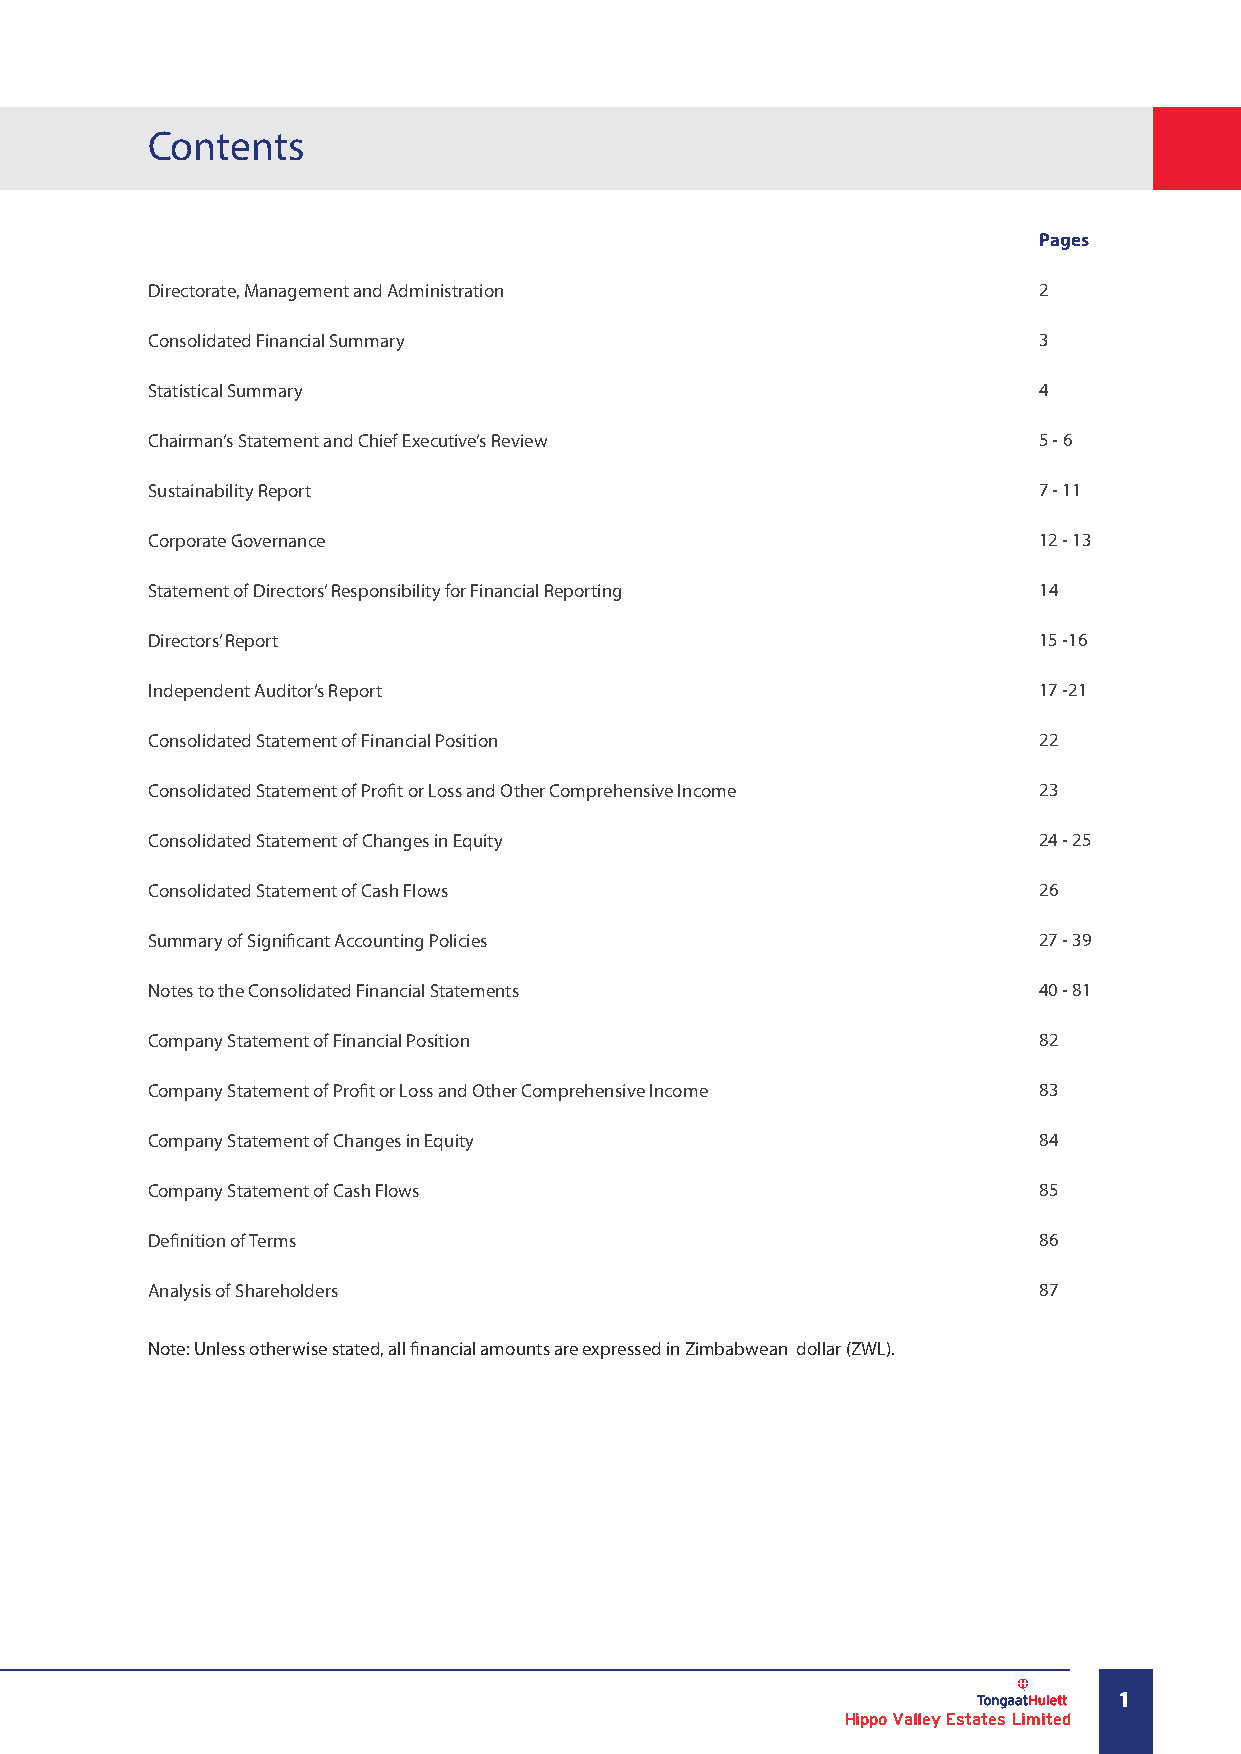
Contents
 Pages
 Directorate, Management and Administration                 2
 Consolidated Financial Summary                             3
 Statistical Summary                                        4
 Chairman’s Statement and Chief Executive’s Review          5 - 6
 Sustainability Report                                      7 - 11
 Corporate Governance                                       12 - 13
 Statement of Directors’ Responsibility for Financial Reporting 14
 Directors’ Report                                          15 -16
 Independent Auditor’s Report                               17 -21
 Consolidated Statement of Financial Position               22
 Consolidated Statement of Profit or Loss and Other Comprehensive Income 23
 Consolidated Statement of Changes in Equity                24 - 25
 Consolidated Statement of Cash Flows                       26
 Summary of Significant Accounting Policies                 27 - 39
 Notes to the Consolidated Financial Statements             40 - 81
 Company Statement of Financial Position                    82
 Company Statement of Profit or Loss and Other Comprehensive Income 83
 Company Statement of Changes in Equity                     84
 Company Statement of Cash Flows                            85
 Definition of Terms                                        86
 Analysis of Shareholders                                   87
 Note: Unless otherwise stated, all financial amounts are expressed in Zimbabwean dollar (ZWL).
 1
 Hippo Valley Estates Limited